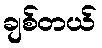
ချစ်တယ်